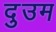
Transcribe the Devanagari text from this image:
दुउम